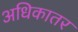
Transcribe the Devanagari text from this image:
अधिकातर